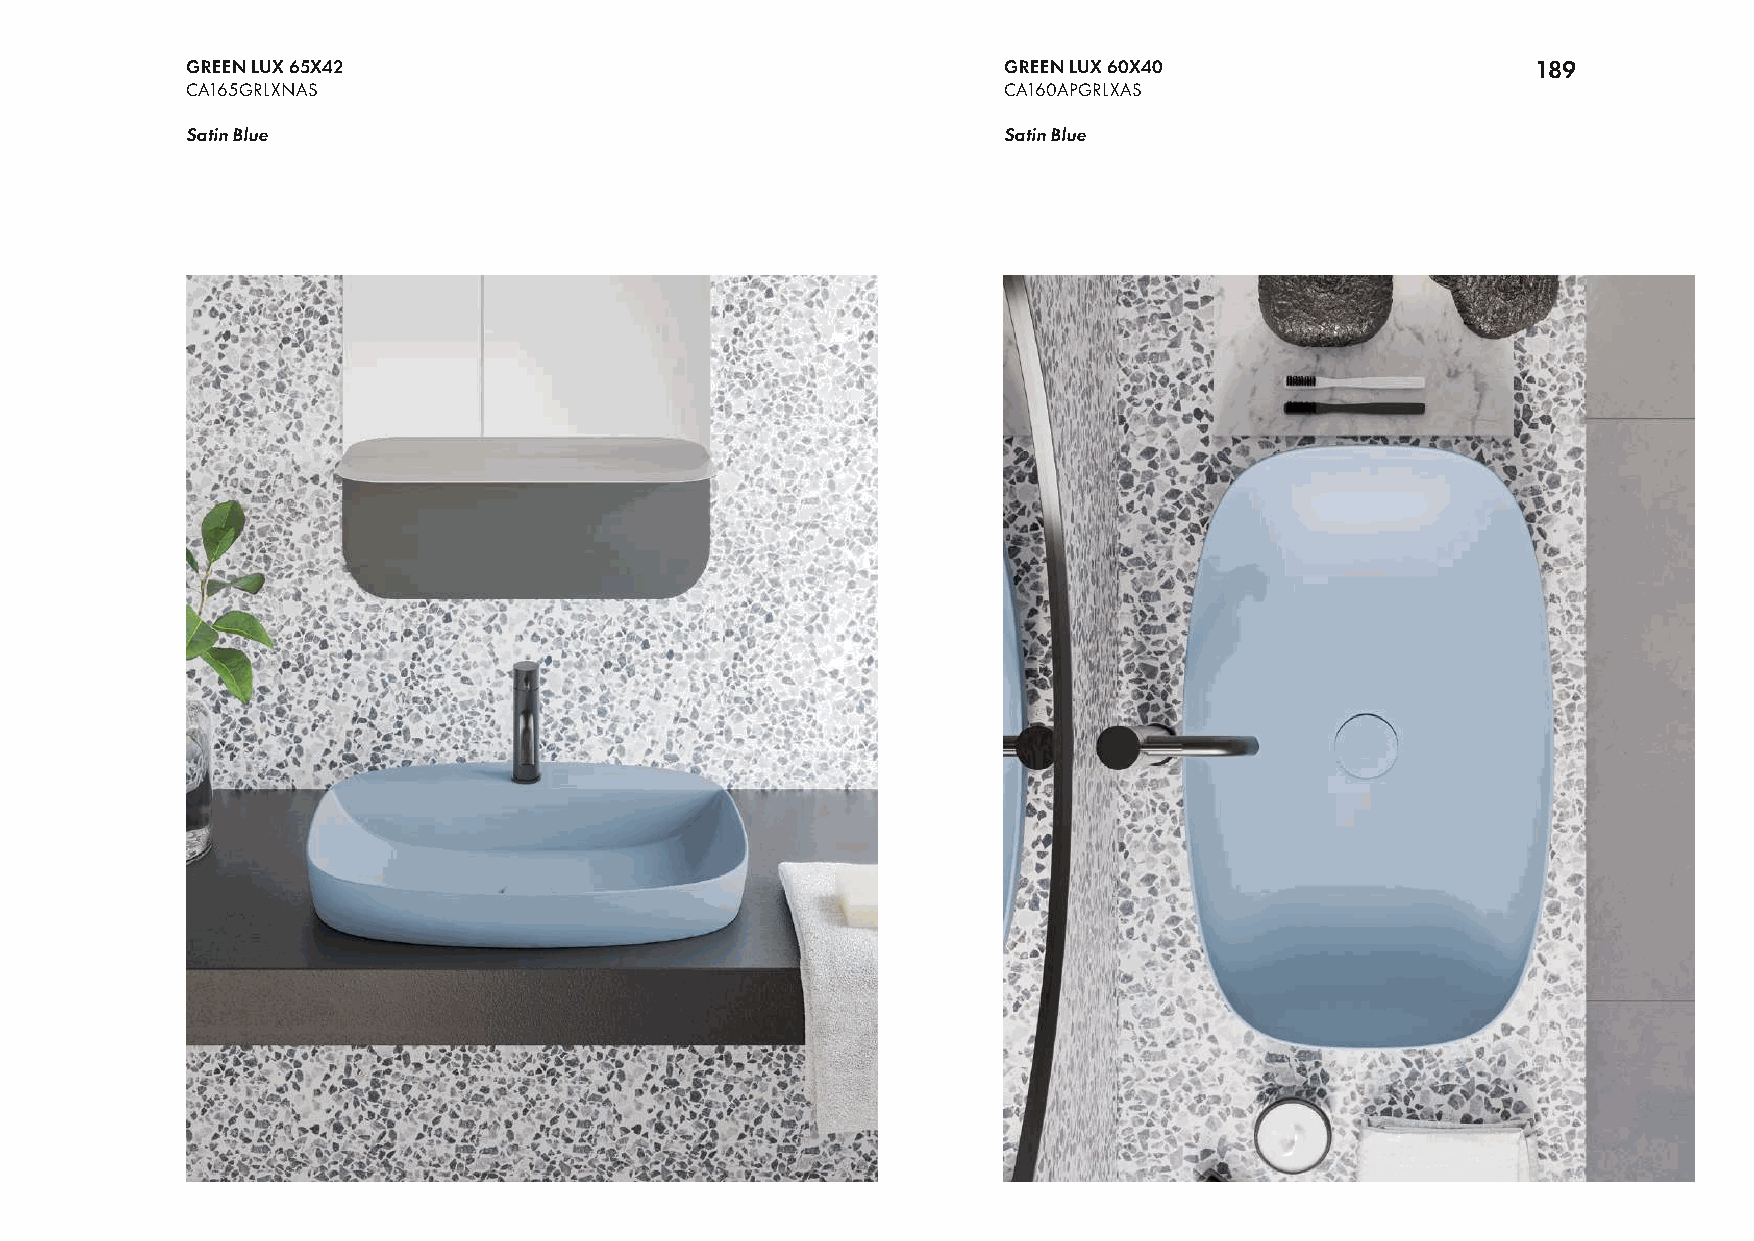
GREEN LUX 65X42                                       GREEN LUX 60X40                     189
 CA165GRLXNAS                                          CA160APGRLXAS
 Satin Blue                                            Satin Blue